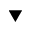
\blacktriangledown